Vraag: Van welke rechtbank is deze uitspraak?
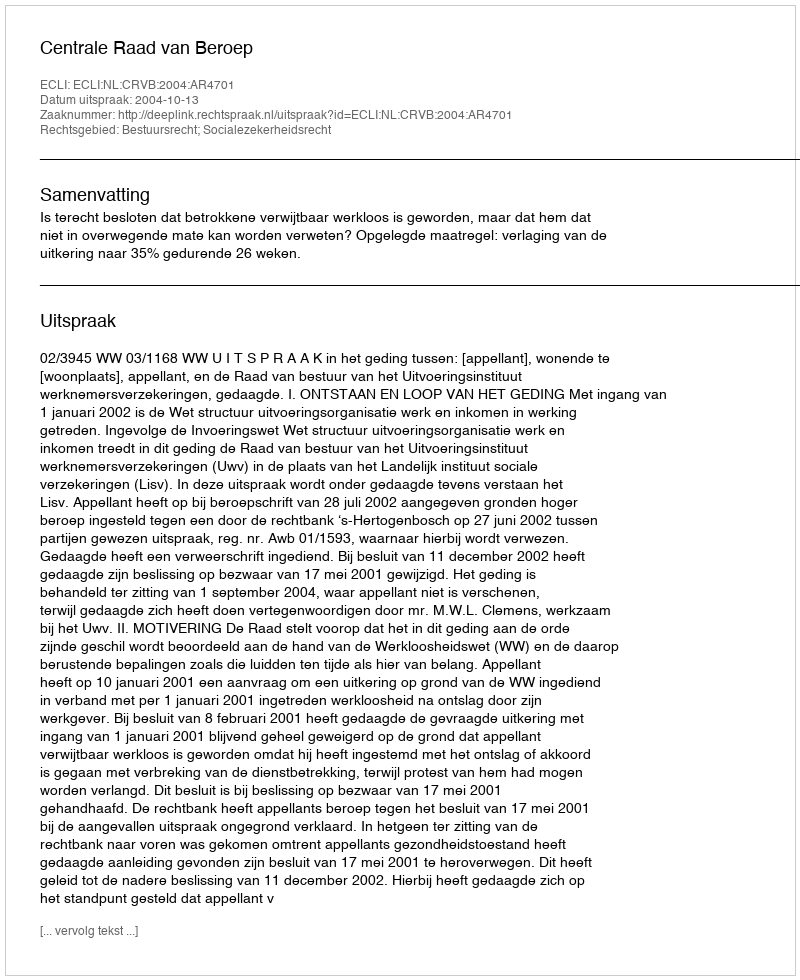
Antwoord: Centrale Raad van Beroep